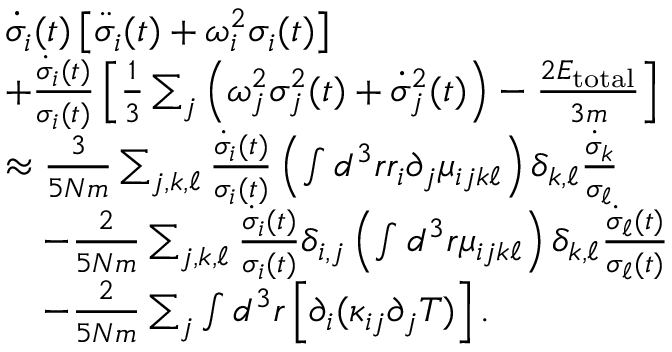
\begin{array} { r l } & { \dot { \sigma } _ { i } ( t ) \left[ \ddot { \sigma } _ { i } ( t ) + \omega _ { i } ^ { 2 } \sigma _ { i } ( t ) \right] } \\ & { + \frac { \dot { \sigma } _ { i } ( t ) } { \sigma _ { i } ( t ) } \left[ \frac { 1 } { 3 } \sum _ { j } \left( \omega _ { j } ^ { 2 } \sigma _ { j } ^ { 2 } ( t ) + \dot { \sigma } _ { j } ^ { 2 } ( t ) \right) - \frac { 2 E _ { \mathrm { t o t a l } } } { 3 m } \right] } \\ & { \approx \frac { 3 } { 5 N m } \sum _ { j , k , \ell } \frac { \dot { \sigma } _ { i } ( t ) } { \sigma _ { i } ( t ) } \left( \int d ^ { 3 } r r _ { i } \partial _ { j } \mu _ { i j k \ell } \right) \delta _ { k , \ell } \frac { \dot { \sigma } _ { k } } { \sigma _ { \ell } } } \\ & { \quad - \frac { 2 } { 5 N m } \sum _ { j , k , \ell } \frac { \dot { \sigma } _ { i } ( t ) } { \sigma _ { i } ( t ) } \delta _ { i , j } \left( \int d ^ { 3 } r \mu _ { i j k \ell } \right) \delta _ { k , \ell } \frac { \dot { \sigma } _ { \ell } ( t ) } { \sigma _ { \ell } ( t ) } } \\ & { \quad - \frac { 2 } { 5 N m } \sum _ { j } \int d ^ { 3 } r \left[ \partial _ { i } ( \kappa _ { i j } \partial _ { j } T ) \right] . } \end{array}